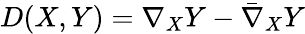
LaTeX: D(X,Y)=\nabla_{X}Y-{\bar{\nabla}}_{X}Y